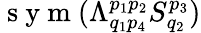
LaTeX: \mathrm{~s~y~m~}(\Lambda_{q_{1}p_{4}}^{p_{1}p_{2}}S_{q_{2}}^{p_{3}})